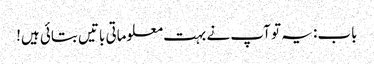
باب: یہ تو آپ نے بہت معلوماتی باتیں بتائی ہیں!